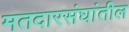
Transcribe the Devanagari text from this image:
मतदारसंघांतील